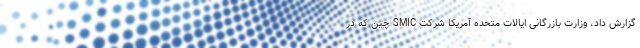
گزارش داد، وزارت بازرگانی ایالات متحده آمریکا شرکت SMIC چین که در